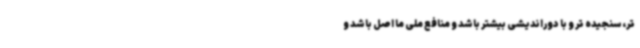
تر، سنجیده تر و با دوراندیشی بیشتر باشد و منافع ملی ما اصل باشد و